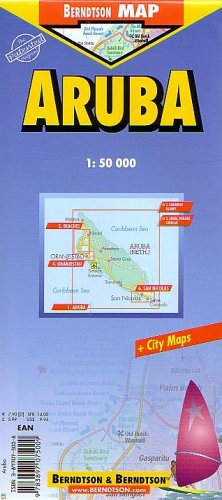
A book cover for Aruba; Berndtson; Travel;